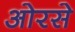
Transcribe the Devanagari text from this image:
ओरसे